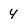
Character: 4